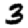
Digit: 3